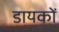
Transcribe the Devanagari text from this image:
डायकों